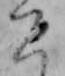
こ